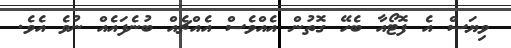
ވިޔަސް އެ ފޮޓޯއާ ބެހޭ ގޮތުން އެއްވެސް އެއްޗެއް ބުނެފައެއް ނުވެ އެވެ.